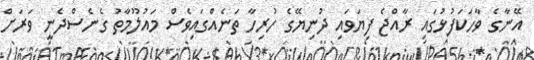
އޭނާގެ ވާހަކަފުޅުގައި ރާއްޖެ ފިޔަވައި ދުނިޔޭގެ ހުރިހާ ތަނެއްގައިވެސް މައުލޫމާތު ގެނެސްދެނީ ވަރަށް